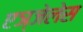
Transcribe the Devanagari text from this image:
एञ्जेलेस